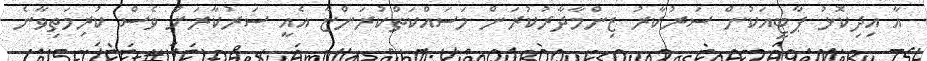
އާ އިދިކޮޅު ޕާޓީއަކުން ސަރުކާރު ޒިންމާދާރުކުރަން މަސައްކަތްކުރަންޏާ އެއީ ސަރުކާރަށް ވެސް ކުރިމަތިވާނެ